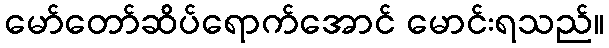
မော်တော်ဆိပ်ရောက်အောင် မောင်းရသည်။